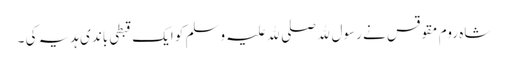
شاہ روم مقوقس نے رسول ﷲ صلی ﷲ علیہ وسلم کو ایک قبطی باندی ہدیہ کی ۔